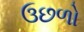
ઉછળો